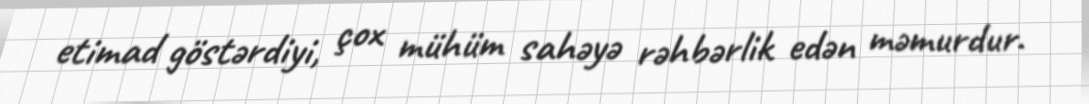
etimad göstərdiyi, çox mühüm sahəyə rəhbərlik edən məmurdur.